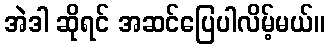
အဲဒါ ဆိုရင် အဆင်ပြေပါလိမ့်မယ်။